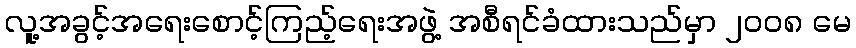
လူ့အခွင့်အရေးစောင့်ကြည့်ရေးအဖွဲ့ အစီရင်ခံထားသည်မှာ ၂၀၀၈ မေ